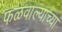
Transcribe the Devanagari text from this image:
फळवाल्याच्या